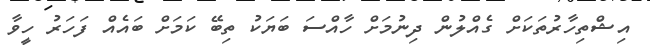
އިޝްތިހާރުތަކަށް ގެއްލުން ދިނުމަށް ހާއްސަ ބަޔަކު ތިބޭ ކަމަށް ބައެއް ފަހަރު ހީވާ